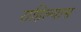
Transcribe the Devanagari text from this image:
राहिल्‍यास